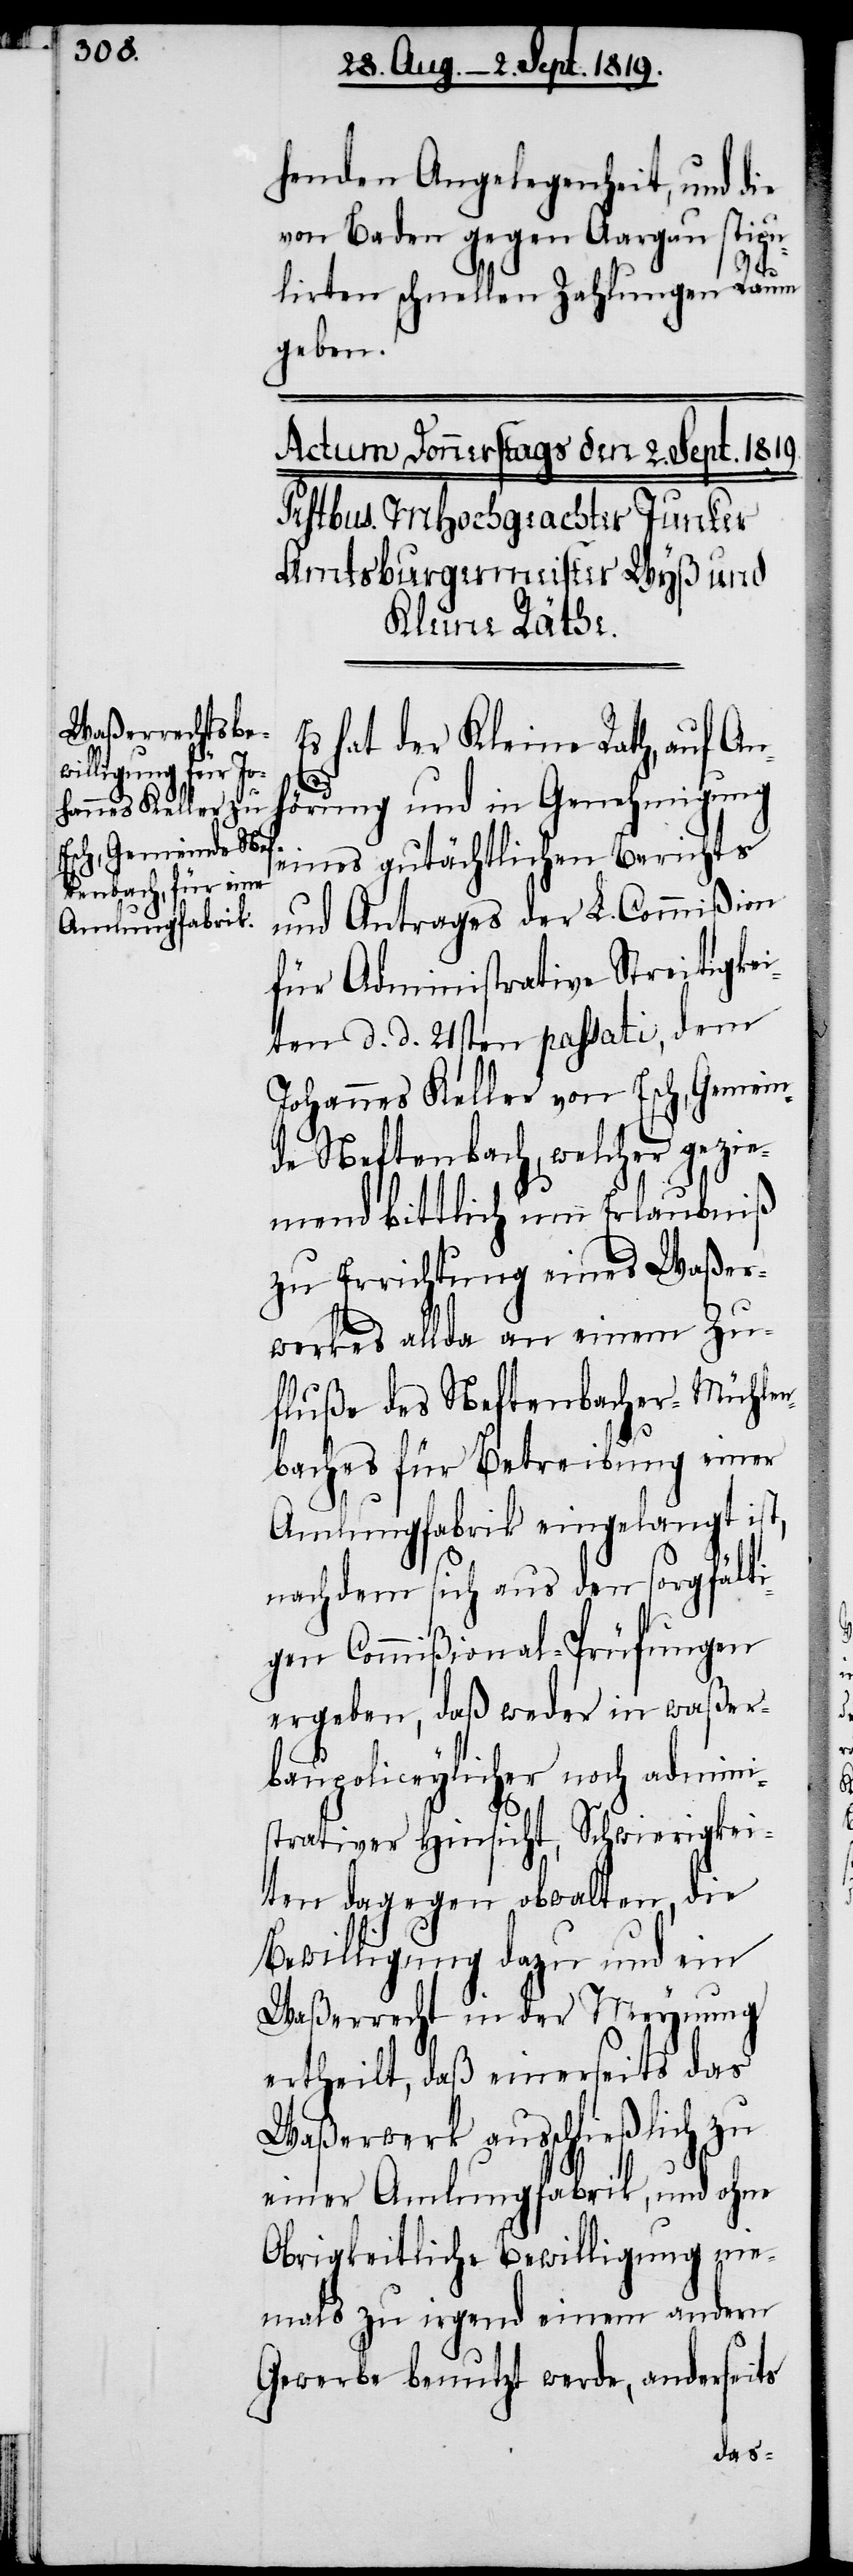
henden Angelegenheit, und die
von Baden gegen Aargau stipu¬
lirten schnellen Zahlungen Raum
geben.
Es hat der Kleinen Rath, auf An¬
hörung und in Genehmigung
eines gutächtlichen Berichts
und Antrages der L. Commißion
für Administrative Streitigkei¬
ten d. d. 21sten passati, dem
Johannes Keller von Esch, Gemein¬
de Neftenbach, welcher gezie¬
mend bittlich um Erlaubniß
zu Errichtung eines Waßer¬
werkes allda an einem Zu¬
fluße des Neftenbaches-Müchlen¬
baches für Betreibung einer
Amlungfabrik eingelangt ist,
nachdem sich aus den sorgfälti¬
gen Commißional-Prüfungen
ergeben, daß weder in waßer¬
baupoliceylicher noch admini¬
strativer Hinsicht, Schwierigkei¬
ten dagegen obwalten, die
Bewilligung dazu und ein
Waßerrecht in der Meynung
ertheilt, daß einerseits das
Waßerwerk ausschließlich zu
einer Amlungfabrik, und ohne
Obrigkeitliche Bewilligung nie¬
mals zu irgend einem andern
Gewerbe benutzt werde, anderseits